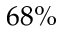
6 8 \%